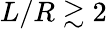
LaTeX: L/R\gtrsim 2